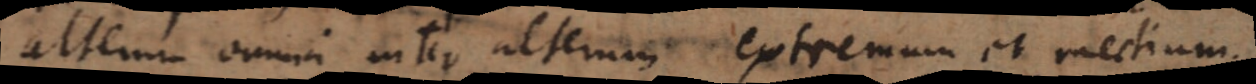
[altera] omnia inter alterum extremum et medium.